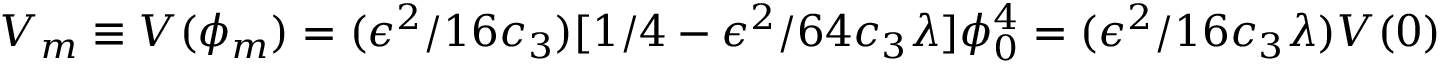
V _ { m } \equiv V ( \phi _ { m } ) = ( \epsilon ^ { 2 } / 1 6 c _ { 3 } ) [ 1 / 4 - \epsilon ^ { 2 } / 6 4 c _ { 3 } \lambda ] \phi _ { 0 } ^ { 4 } = ( \epsilon ^ { 2 } / 1 6 c _ { 3 } \lambda ) V ( 0 )